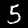
Digit: 5